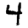
Digit: 4